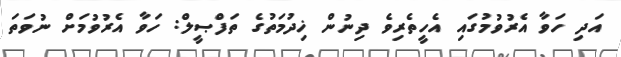
އަދި ހަވާ އެރުވުމުގައި އެހީތެރިވެ ދިނުން ޚިދުމަތުގެ ތަފްޞީލް: ހަވާ އެރުވުމަށް ނުވަތަ